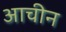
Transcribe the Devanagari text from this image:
आचीन